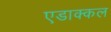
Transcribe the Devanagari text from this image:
एडाक्कल